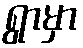
ရွာမှာ